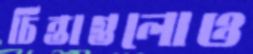
চিন্তাগুলোও